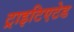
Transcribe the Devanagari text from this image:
ट्राइटिएटेड